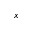
\boldsymbol { x }